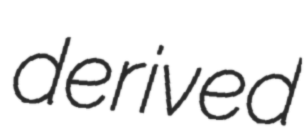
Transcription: derived